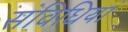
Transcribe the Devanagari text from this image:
संविधियां